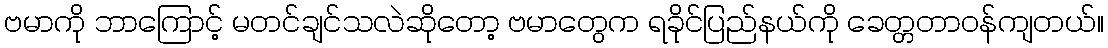
ဗမာကို ဘာကြောင့် မတင်ချင်သလဲဆိုတော့ ဗမာတွေက ရခိုင်ပြည်နယ်ကို ခေတ္တတာဝန်ကျတယ်။